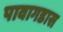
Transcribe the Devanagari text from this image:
पावागडास